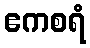
ဧကစရံ